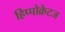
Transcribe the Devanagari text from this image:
हिप्पोक्रेटज